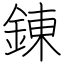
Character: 錬